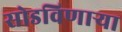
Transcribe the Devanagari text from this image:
सोडविणाऱ्या